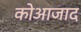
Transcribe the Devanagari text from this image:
कोआजाद